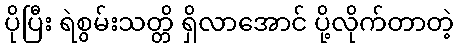
ပိုပြီး ရဲစွမ်းသတ္တိ ရှိလာအောင် ပို့လိုက်တာတဲ့